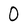
Character: 0